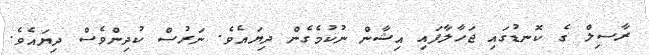
ރާސިލް ގެ ކޮނޑުގައި ޖަހާލާފައި އިޝާން ނުކުމެގެން ދިޔައެވެ. ނަރުސް ކުދިންވެސް ދިޔައެވެ.